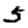
Digit: 5